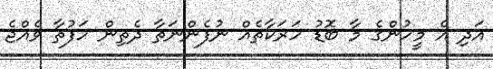
އަދި އެ މީހުންގެ މާ ބޮޑު ހަރަކާތެއް ނުފެންނަތާ ދެތިން ހަފުތާ ވެއްޖެ